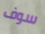
سوف